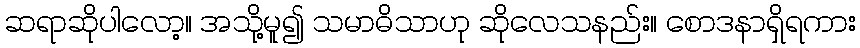
ဆရာဆိုပါလော့။ အသို့မူ၍ သမာဓိသာဟု ဆိုလေသနည်း။ စောဒနာရှိရကား